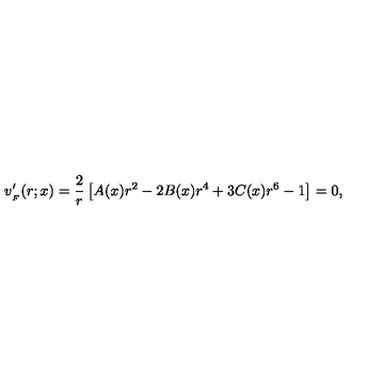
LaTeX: v _ { _ { F } } ^ { \prime } ( r ; x ) = { \frac { 2 } { r } } \left[ A ( x ) r ^ { 2 } - 2 B ( x ) r ^ { 4 } + 3 C ( x ) r ^ { 6 } - 1 \right] = 0 ,